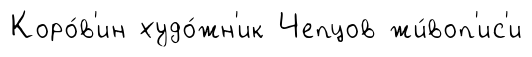
Коро́в'ин худо́жн'ик Чепцов жи́воп'ис'и